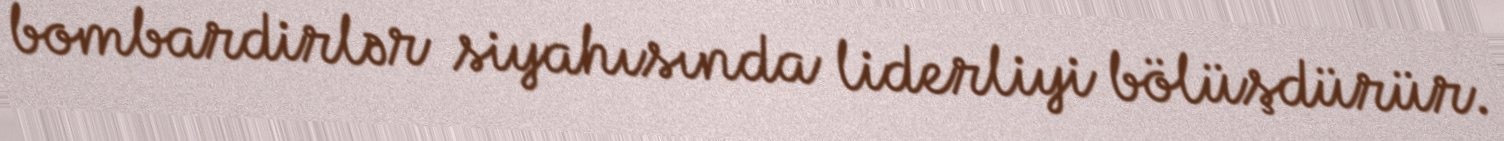
bombardirlər siyahısında liderliyi bölüşdürür.